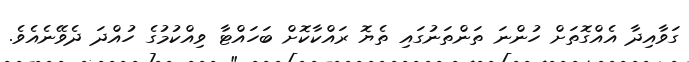
ގަވާއިދާ އެއްގޮތަށް ހުންނަ ތަންތަނުގައި ތެޔޮ ރައްކާކޮށް ބަހައްޓާ ވިއްކުމުގެ ހުއްދަ ދެވޭނެއެވެ.